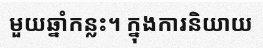
មួយឆ្នាំកន្លះ។ ក្នុងការនិយាយ